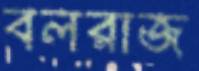
বলরাজ